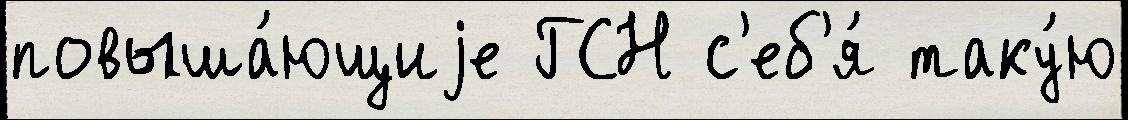
повыша́ющиjе ГСН с'еб'я́ таку́ю